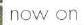
now on